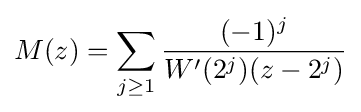
M(z)=\sum _{j\geq 1}{(-1)^{j} \over W^{\prime }(2^{j})(z-2^{j})}